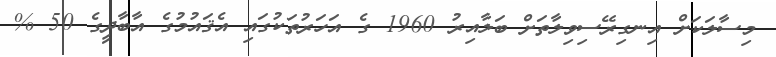
މިސާލަކަށް އިނގިރޭސިވިލާތަށް ބަލާއިރު 1960 ގެ އަހަރުތަކުގައި އެޤައުމުގެ އާބާދީގެ 50 %